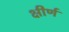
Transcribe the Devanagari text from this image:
क्षीर्ण